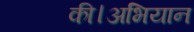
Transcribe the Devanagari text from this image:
की।अभियान